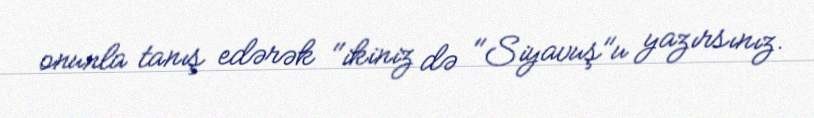
onunla tanış edərək "ikiniz də "Siyavuş"u yazırsınız.